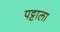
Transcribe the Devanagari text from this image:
पट्टाला